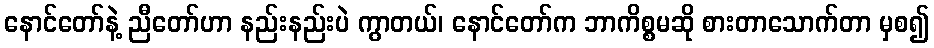
နောင်တော်နဲ့ ညီတော်ဟာ နည်းနည်းပဲ ကွာတယ်၊ နောင်တော်က ဘာကိစ္စမဆို စားတာသောက်တာ မှစ၍